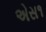
એસ૧